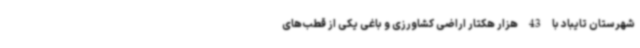
شهرستان تایباد با 43 هزار هکتار اراضی کشاورزی و باغی یکی از قطب‌های